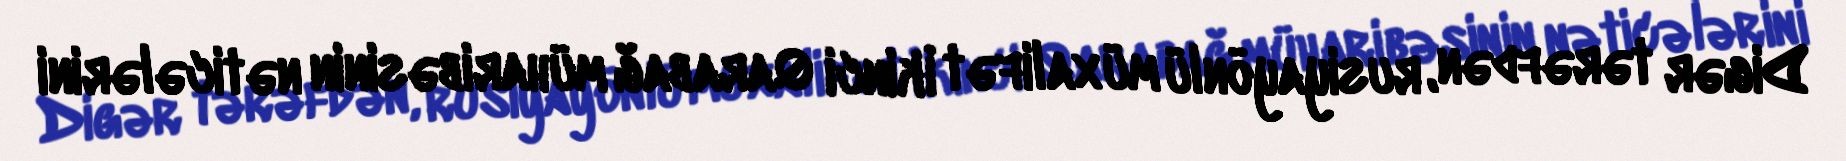
Digər tərəfdən, rusiyayönlü müxalifət İkinci Qarabağ müharibəsinin nəticələrini